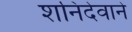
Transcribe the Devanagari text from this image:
शनिदेवाने